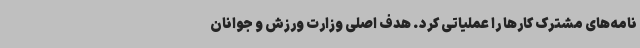
نامه‌های مشترک کارها را عملیاتی کرد. هدف اصلی وزارت ورزش و جوانان